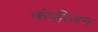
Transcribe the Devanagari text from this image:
कोहीज़न